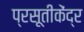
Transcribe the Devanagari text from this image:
प्रसूतीकेंद्र